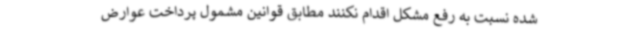
شده نسبت به رفع مشکل اقدام نکنند مطابق قوانین مشمول پرداخت عوارض